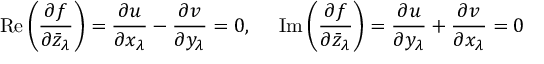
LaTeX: \operatorname { R e } { \biggl ( } { \frac { \partial f } { \partial { \bar { z } } _ { \lambda } } } { \biggr ) } = { \frac { \partial u } { \partial x _ { \lambda } } } - { \frac { \partial v } { \partial y _ { \lambda } } } = 0 , \ \ \ \ \operatorname { I m } { \biggl ( } { \frac { \partial f } { \partial { \bar { z } } _ { \lambda } } } { \biggr ) } = { \frac { \partial u } { \partial y _ { \lambda } } } + { \frac { \partial v } { \partial x _ { \lambda } } } = 0